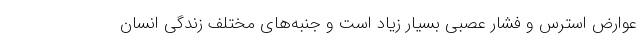
عوارض استرس و فشار عصبی بسیار زیاد است و جنبه‌های مختلف زندگی انسان